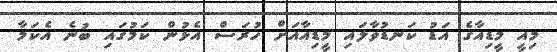
މިއީ މީޑިއާގެ އަޑު ކަނޑުވާލައި މީޑިއާއަށް ހުރަސް އެޅުން ކަމުގައި ބުނެ އެކަމާ